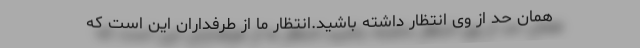
همان حد از وی انتظار داشته باشید.انتظار ما از طرفداران این است که